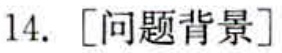
14. [问题背景]